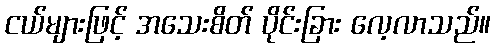
ငယ်များဖြင့် အသေးစိတ် ပိုင်းခြား လေ့လာသည်။